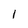
Character: I